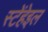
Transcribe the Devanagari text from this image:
स्टेंहेइल